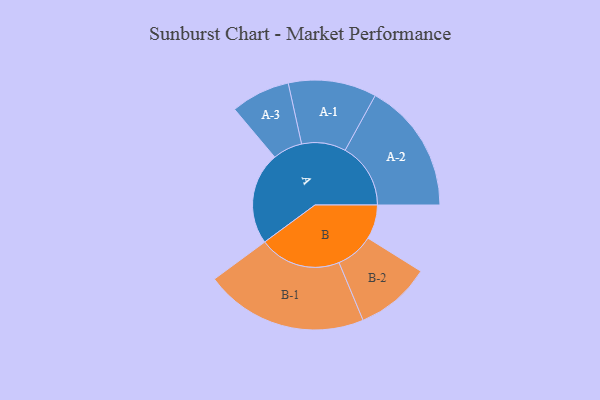
{"axis": {"x": "Segment", "y": "Value"}, "legend": ["", "A", "B"], "data": [{"x": "A", "y": 337, "type": ""}, {"x": "B", "y": 125, "type": ""}, {"x": "A-1", "y": 161, "type": "A"}, {"x": "A-2", "y": 239, "type": "A"}, {"x": "A-3", "y": 108, "type": "A"}, {"x": "B-1", "y": 298, "type": "B"}, {"x": "B-2", "y": 138, "type": "B"}]}